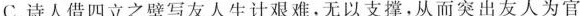
C.诗人借四立之壁写友人生计艰难，无以支撑，从而突出友人为官